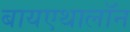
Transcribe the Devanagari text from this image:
बायएथालॉन